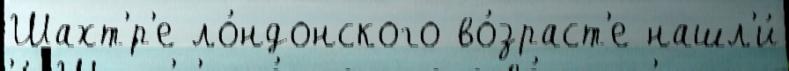
Шахт'́р'е ло́ндонского во́зраст'е нашл'и́